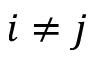
i \ne j